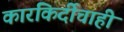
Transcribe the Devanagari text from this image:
कारकिर्दीचाही